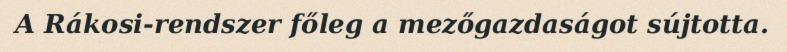
A Rákosi-rendszer főleg a mezőgazdaságot sújtotta.